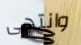
وانتهى